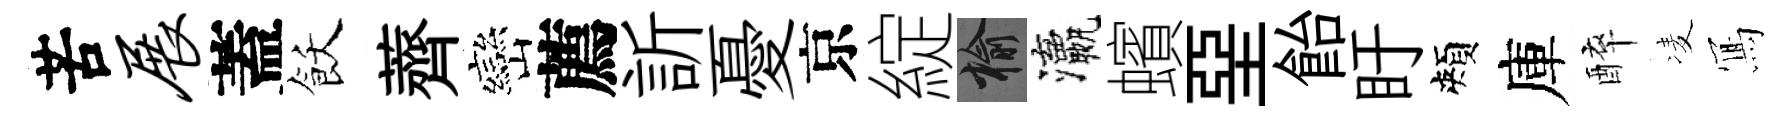
苦展蓋飫薺巒薦訢憂京綻榆瀛蠙堊飴盱頰庫醉凌𭂁